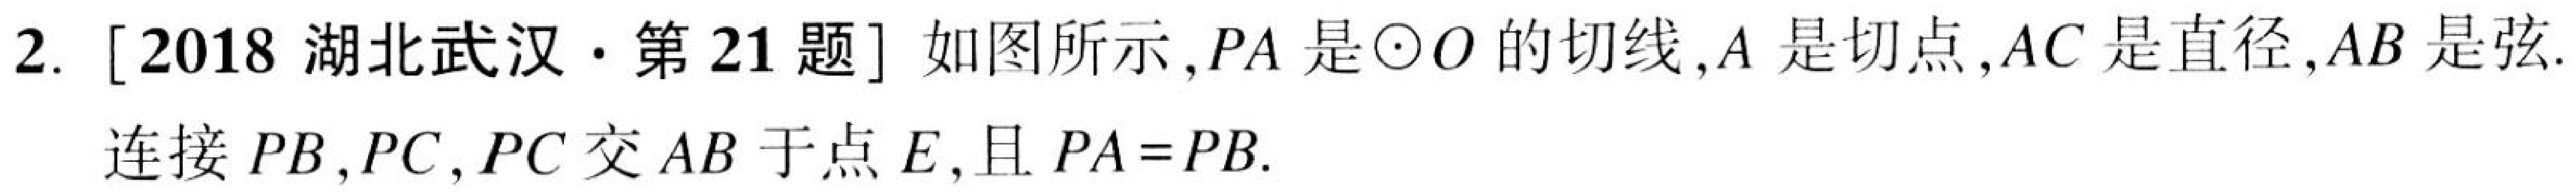
2. [2018 湖北武汉·第 21 题] 如图所示, \(PA\) 是\(\odot O\) 的切线, \(A\) 是切点, \(AC\) 是直径, \(AB\) 是弦. 连接 \(PB,PC\), \(PC\) 交 \(AB\) 于点 \(E\), 且 \(PA = PB\).